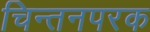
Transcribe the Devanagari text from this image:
चिन्तनपरक